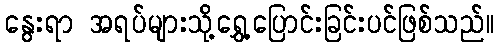
နွေးရာ အရပ်များသို့ရွှေ့ပြောင်းခြင်းပင်ဖြစ်သည်။